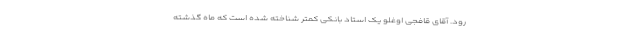
رود. آقای قافجی اوغلو یک استاد بانکی کمتر شناخته شده است که ماه گذشته